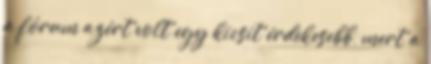
a fórum azért volt egy kicsit érdekesebb, mert a